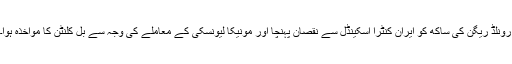
رونلڈ ریگن کی ساکھ کو ایران کنٹرا اسکینڈل سے نقصان پہنچا اور مونیکا لیونسکی کے معاملے کی وجہ سے بل کلنٹن کا مواخذہ ہوا۔